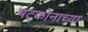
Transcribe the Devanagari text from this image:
षट्कोनाच्या